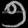
Digit: ၅